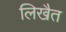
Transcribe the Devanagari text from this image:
लिखैत